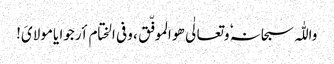
واللّٰہ سبحانہٗ وتعالٰی ھو الموفّق ، وفی الختام أرجوا یامولایَ!